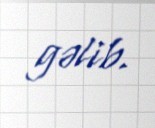
gəlib.